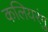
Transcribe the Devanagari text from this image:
कलियरंगु